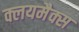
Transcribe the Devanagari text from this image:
क्लयमैक्स